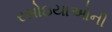
રસોઇયાઓની